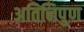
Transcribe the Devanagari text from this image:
अतिनिपुण